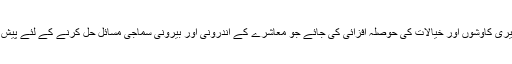
تاکہ ان تمام تعمیری کاوشوں اور خیالات کی حوصلہ افزائی کی جائے جو معاشرے کے اندرونی اور بیرونی سماجی مسائل حل کرنے کے لئے پیش کیے جاتے ہیں۔